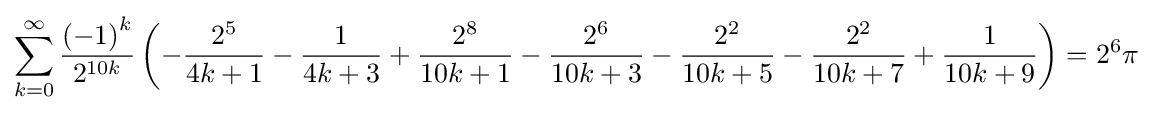
\sum _{k=0}^{\infty }{\frac {{(-1)}^{k}}{2^{10k}}}\left(-{\frac {2^{5}}{4k+1}}-{\frac {1}{4k+3}}+{\frac {2^{8}}{10k+1}}-{\frac {2^{6}}{10k+3}}-{\frac {2^{2}}{10k+5}}-{\frac {2^{2}}{10k+7}}+{\frac {1}{10k+9}}\right)=2^{6}\pi